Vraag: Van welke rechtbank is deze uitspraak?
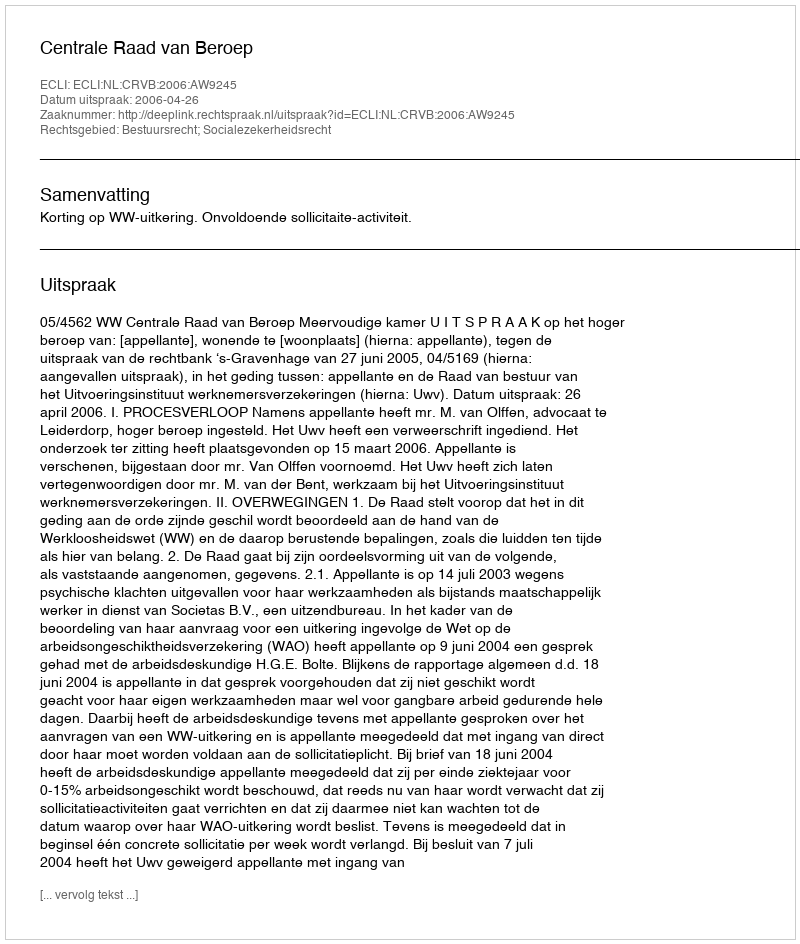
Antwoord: Centrale Raad van Beroep